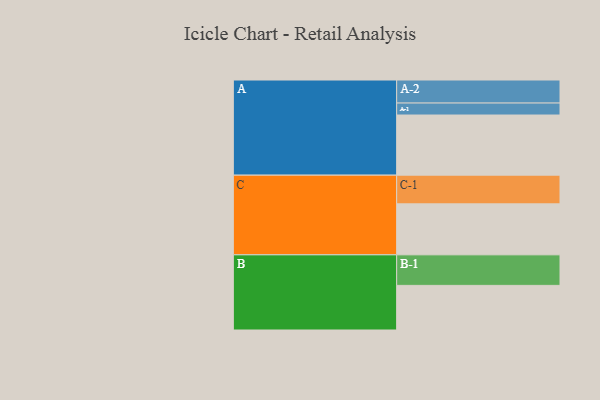
{"axis": {"x": "Segment", "y": "Value"}, "legend": ["", "A", "B", "C"], "data": [{"x": "A", "y": 577, "type": ""}, {"x": "B", "y": 428, "type": ""}, {"x": "C", "y": 489, "type": ""}, {"x": "A-1", "y": 115, "type": "A"}, {"x": "A-2", "y": 221, "type": "A"}, {"x": "B-1", "y": 293, "type": "B"}, {"x": "C-1", "y": 275, "type": "C"}]}